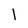
Character: l